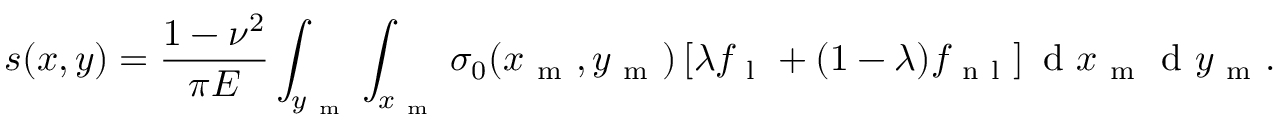
s ( x , y ) = \frac { 1 - \nu ^ { 2 } } { \pi E } \int _ { y _ { \mathrm { ~ m ~ } } } \int _ { x _ { \mathrm { ~ m ~ } } } \sigma _ { 0 } ( x _ { \mathrm { ~ m ~ } } , y _ { \mathrm { ~ m ~ } } ) \left[ \lambda f _ { \mathrm { ~ l ~ } } + ( 1 - \lambda ) f _ { \mathrm { ~ n ~ l ~ } } \right] \mathrm { ~ d ~ } x _ { \mathrm { ~ m ~ } } \mathrm { ~ d ~ } y _ { \mathrm { ~ m ~ } } .